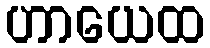
ဟာယေထ